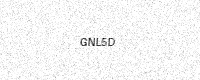
Text: GNL5D